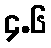
၄.၆